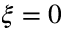
\xi = 0